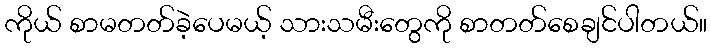
ကိုယ် စာမတတ်ခဲ့ပေမယ့် သားသမီးတွေကို စာတတ်စေချင်ပါတယ်။